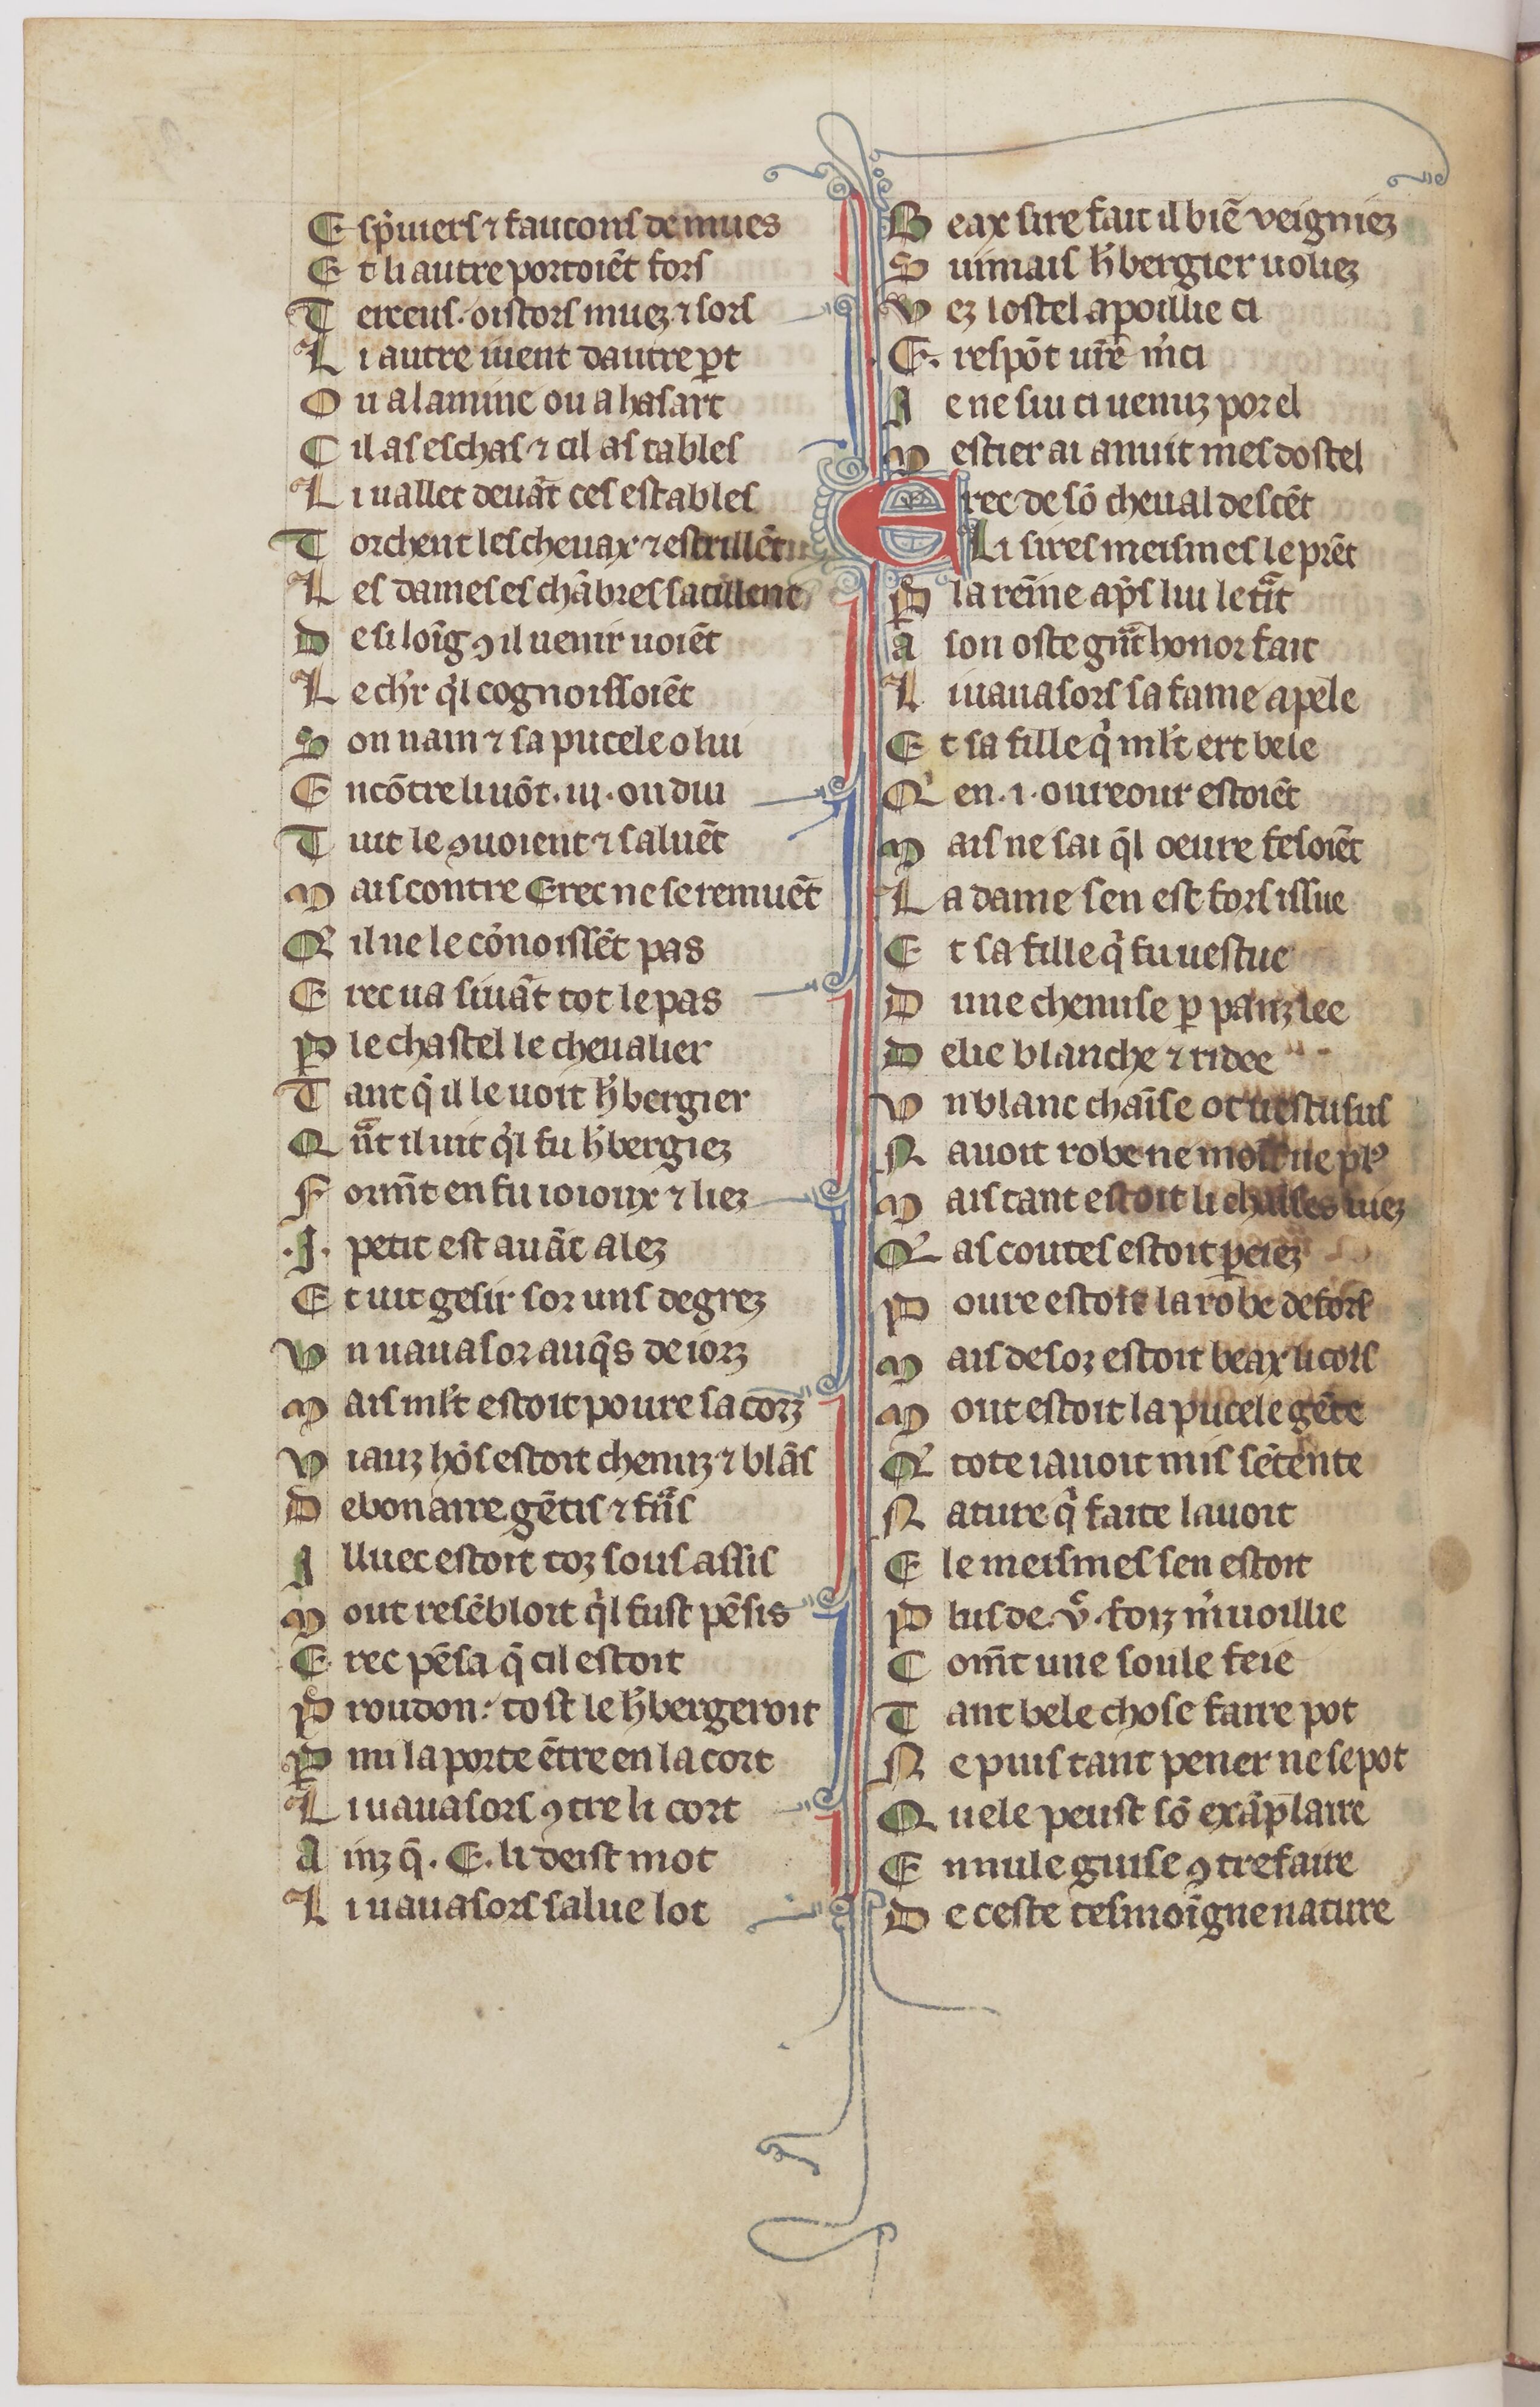
Shelfmark: Paris, BnF, fr. 1376
Century: 14